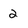
Character: 2